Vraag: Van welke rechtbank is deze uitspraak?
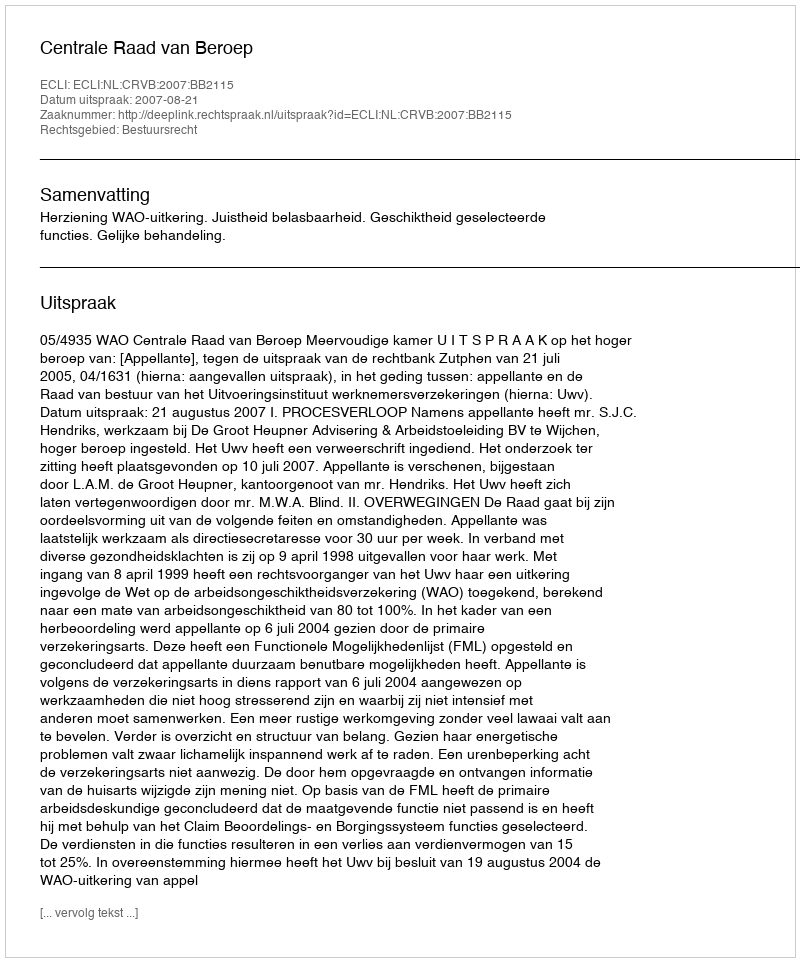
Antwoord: Centrale Raad van Beroep